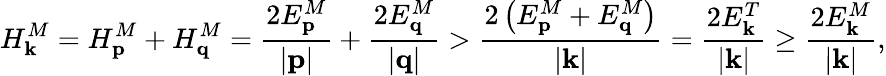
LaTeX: H_{\mathbf{k}}^{M}=H_{\mathbf{p}}^{M}+H_{\mathbf{q}}^{M}={\frac{2E_{\mathbf{p}}^{M}}{|\mathbf{p}|}}+{\frac{2E_{\mathbf{q}}^{M}}{|\mathbf{q}|}}>{\frac{2\left(E_{\mathbf{p}}^{M}+E_{\mathbf{q}}^{M}\right)}{|\mathbf{k}|}}={\frac{2E_{\mathbf{k}}^{T}}{|\mathbf{k}|}}\geq{\frac{2E_{\mathbf{k}}^{M}}{|\mathbf{k}|}},